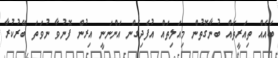
ބައެއް ތިއަރީތައް ބުނާގޮތުން މިއަލިތައް އުފެދިގެން އަންނަނީ އިރުން ފޮނުވާ ނުވަތަ ބޭރުކުރާ